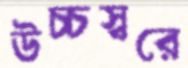
উচ্চস্বরে